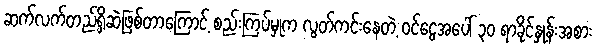
ဆက်လက်တည်ရှိဆဲဖြစ်တာကြောင့် စည်းကြပ်မှုက လွတ်ကင်းနေတဲ့ ဝင်ငွေအပေါ် ၃၀ ရာခိုင်နှုန်းအစား